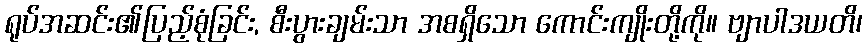
ရုပ်အဆင်း၏ပြည့်စုံခြင်း, စီးပွားချမ်းသာ အစရှိသော ကောင်းကျိုးတို့ကို။ ဗျာပါဒယတိ၊